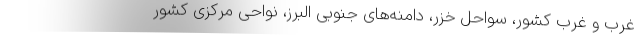
غرب و غرب کشور، سواحل خزر، دامنه‌های جنوبی البرز، نواحی مرکزی کشور